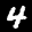
Label: 4